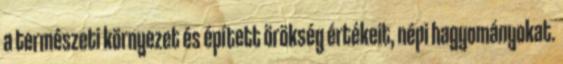
a természeti környezet és épített örökség értékeit, népi hagyományokat.